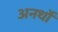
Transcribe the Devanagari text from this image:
अनर्थों